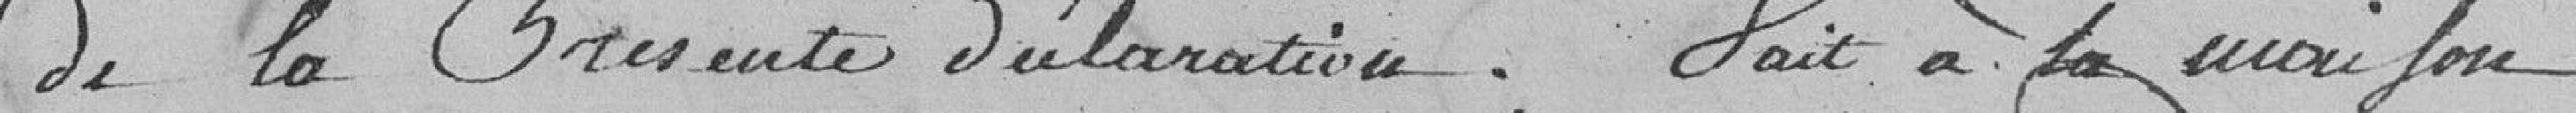
De La Présente déclaration. Fait à La maison